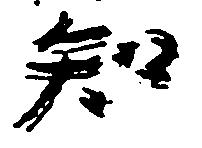
知